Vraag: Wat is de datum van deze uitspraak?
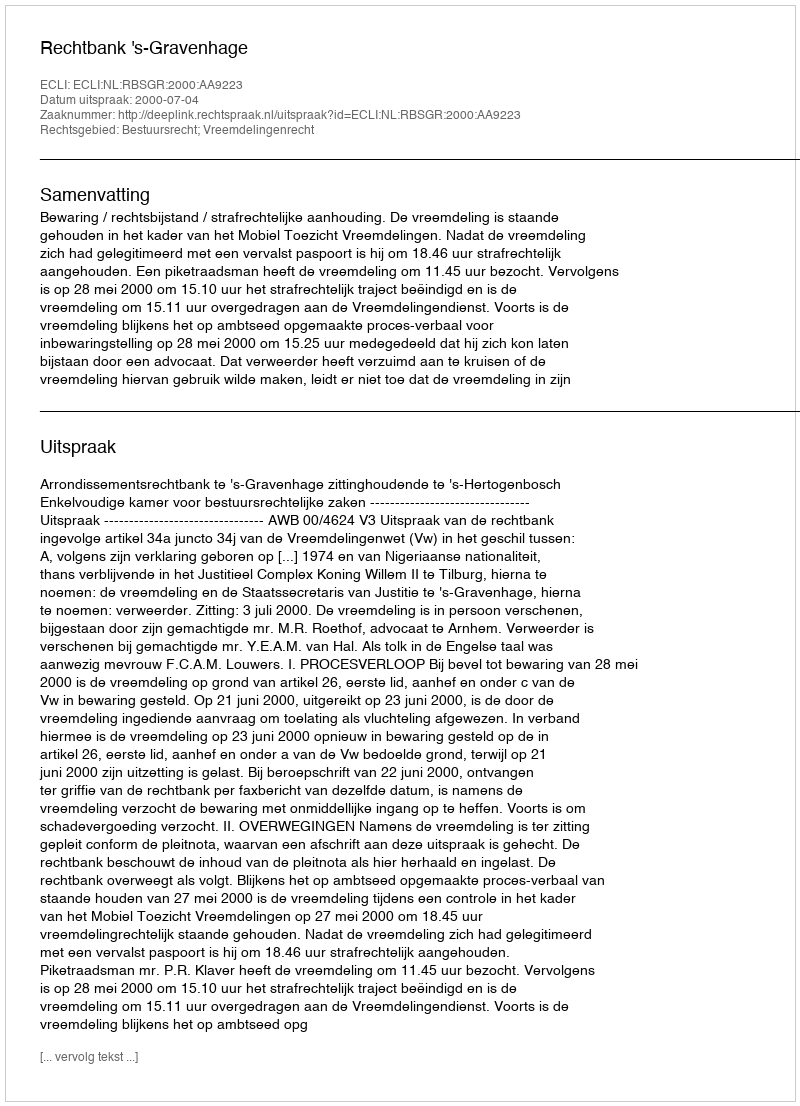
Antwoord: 2000-07-04